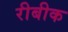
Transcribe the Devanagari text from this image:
रीबीक